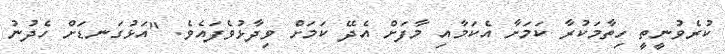
ކުރެވުނީތީ ހިތާމަކުރާ ކަމަށާ އެކަމާއި މާފަށް އެދޭ ކަމަށް ވިދާޅުވެފައެވެ. "އަޅުގަނޑަށް ހެދުނު